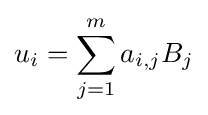
u_{i}=\sum _{j=1}^{m}a_{i,j}B_{j}